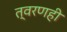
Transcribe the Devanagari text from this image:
त्वरणही